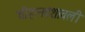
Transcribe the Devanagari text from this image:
चौहानवंशावली